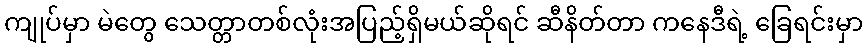
ကျုပ်မှာ မဲတွေ သေတ္တာတစ်လုံးအပြည့်ရှိမယ်ဆိုရင် ဆီနိတ်တာ ကနေဒီရဲ့ ခြေရင်းမှာ